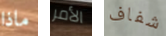
ماذا الأمر شفاف